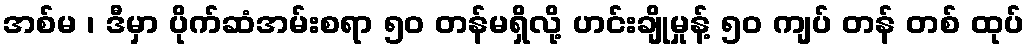
အစ်မ ၊ ဒီမှာ ပိုက်ဆံအမ်းစရာ ၅၀ တန်မရှိလို့ ဟင်းချိုမှုန့် ၅၀ ကျပ် တန် တစ် ထုပ်